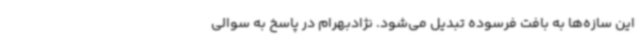
این سازه‌ها به بافت فرسوده تبدیل می‌شود. نژادبهرام در پاسخ به سوالی